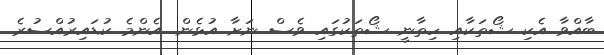
ބާއްވާ އެކި ޝޯތަކާއި ހިތާނީ ޝޯތަކުގައި ވެސް ނަށާ އުޅެން. އެންމެ ކުޑައިރުއްސުރެ